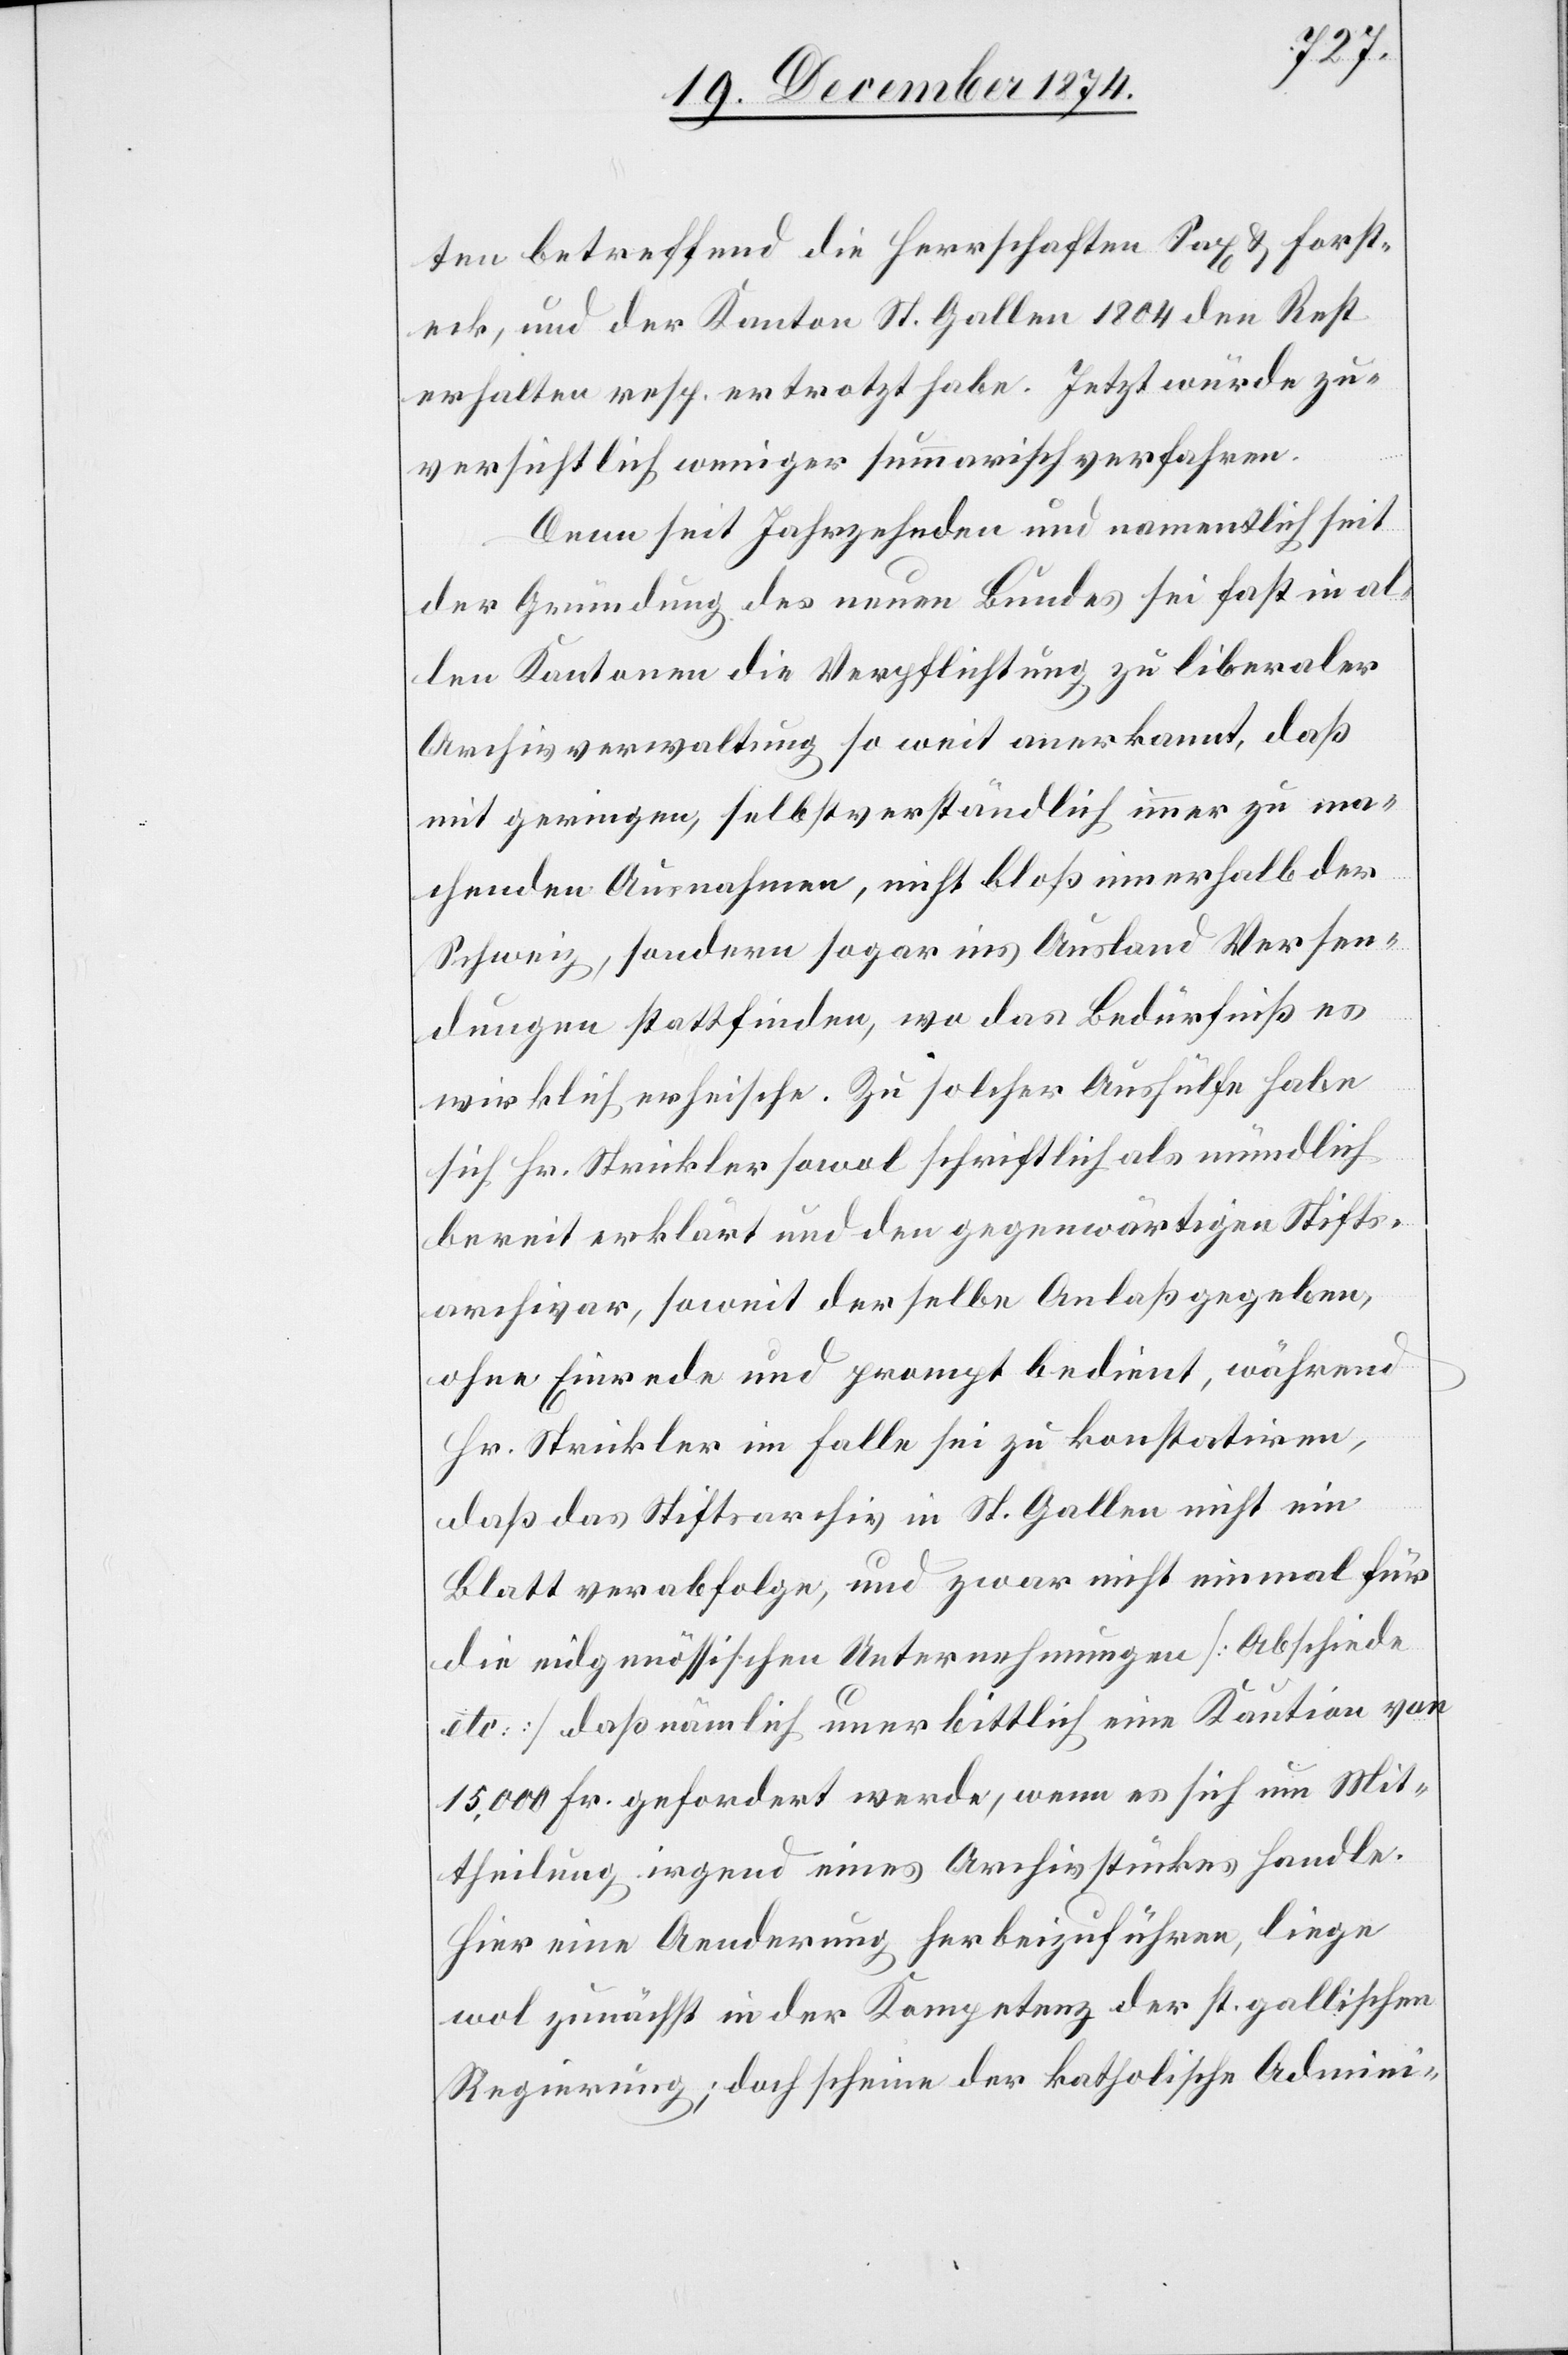
ten betreffend die Herrschaften Sax & Forst¬
eck, und der Kanton St. Gallen 1804 den Rest
erhalten resp. ertrotzt habe. Jetzt würde zu¬
versichtlich weniger summerisch verfahren.
Denn seit Jahrzehnden [sic!] und namentlich seit
der Gründung des neuen Bundes sei fast in al¬
len Kantonen die Verpflichtung zu liberaler
Archivverwaltung so weit anerkannt, daß
mit geringen, selbstverständlich immer zu ma¬
chenden Ausnahmen, nicht bloß innerhalb der
Schweiz, sondern sogar ins Ausland Versen¬
dungen stattfinden, wo das Bedürfniß es
wirklich erheische. Zu solcher Aushülfe habe
sich Hr. Strickler sowol schriftlich als mündlich
bereit erklärt und den gegenwärtigen Stifts¬
archivar, soweit derselbe Anlaß gegeben,
ohne Einrede und prompt bedient, während
Hr. Strickler im Falle sei zu konstatiren,
daß das Stiftsarchiv in St. Gallen nicht ein
Blatt verabfolge, und zwar nicht einmal für
die eidgenössischen Unternehmungen [Abschiede
etc.] daß nämlich unerbittlich eine Kaution von
15,000 Fr. gefordert werde, wenn es sich um Mit¬
theilung irgend eines Archivstückes handle.
Hier eine Aenderung herbeizuführen, liege
wol zunächst in der Kompetenz der st. gallischen
Regierung; doch scheine der katholische Admini-